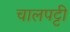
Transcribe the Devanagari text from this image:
चालपट्टी